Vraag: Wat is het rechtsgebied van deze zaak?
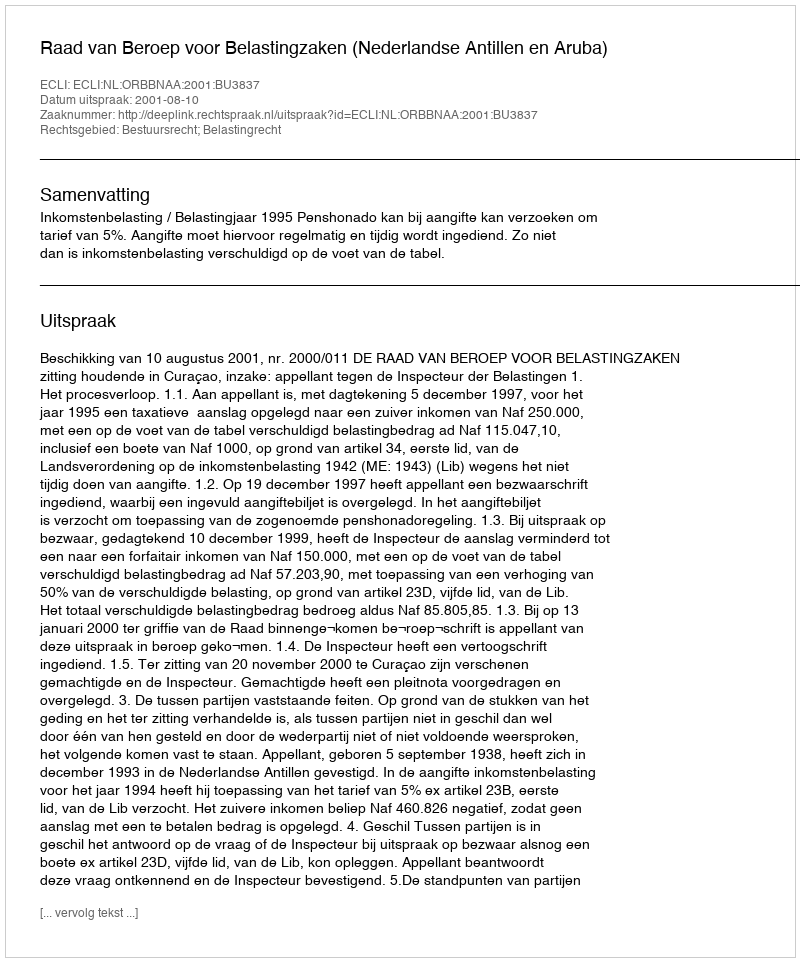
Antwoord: Bestuursrecht; Belastingrecht